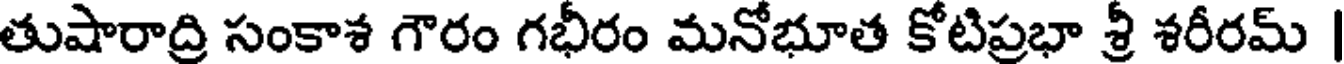
తుషారాద్రి సంకాశ గౌరం గభీరం మనోభూత కోటిప్రభా శ్రీ శరీరమ్